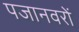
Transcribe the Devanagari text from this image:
पजानवरों